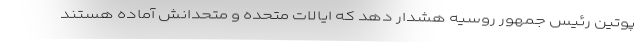
پوتین رئیس جمهور روسیه هشدار دهد که ایالات متحده و متحدانش آماده هستند